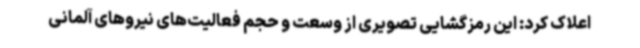
اعلاک کرد: این رمزگشایی تصویری از وسعت و حجم فعالیت‌های نیروهای آلمانی